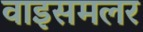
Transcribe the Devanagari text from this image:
वाइसमलर